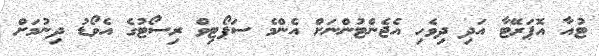
ޓުއާ އޮޕަރޭޓާ އަދި ދިވެހި އެޖެންޓުންނަށް އެންމެ ސަޕޯޓިވް ރިސޯޓުގެ އެވޯޑު ދިނުމަށް